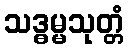
သဒ္ဓမ္မသုတ္တံ